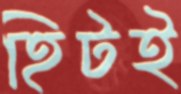
হিটই